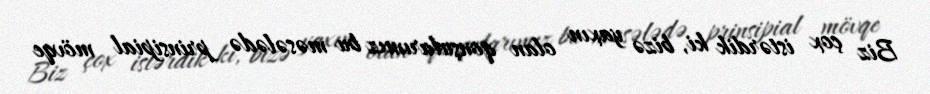
Biz çox istərdik ki, bizə yaxın olan qonşularımız bu məsələdə prinsipial mövqe